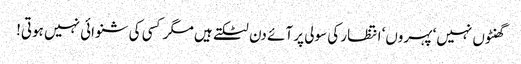
گھنٹوں نہیں‘ پہروں‘ انتظار کی سولی پر آئے دن لٹکتے ہیں مگر کسی کی شنوائی نہیں ہوتی!